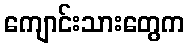
ကျောင်းသားတွေက